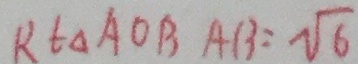
R t \Delta A O B A B = \sqrt { 6 }